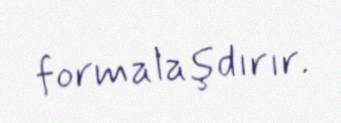
formalaşdırır.